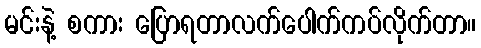
မင်းနဲ့ စကား ပြောရတာလက်ပေါက်ကပ်လိုက်တာ။